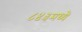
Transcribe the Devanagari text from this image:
८४३मध्ये